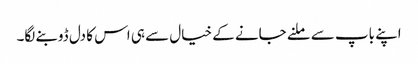
اپنے باپ سے ملنے جانے کے خیال سے ہی اس کا دل ڈوبنے لگا۔